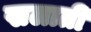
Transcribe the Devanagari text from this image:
खलाती